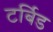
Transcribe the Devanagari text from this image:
टर्बिड